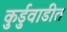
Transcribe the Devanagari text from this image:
कुर्डुवाडीत